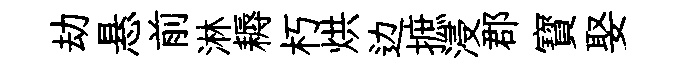
劫悬前淋耨朽烘边摭浸郡寳娶